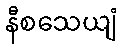
နီစသေယျံ